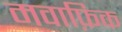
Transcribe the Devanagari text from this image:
मवाफ़िक